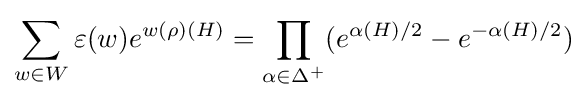
{\sum _{w\in W}\varepsilon (w)e^{w(\rho )(H)}=\prod _{\alpha \in \Delta ^{+}}(e^{\alpha (H)/2}-e^{-\alpha (H)/2})}